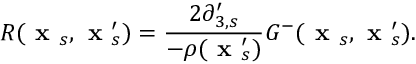
R ( \textbf { x } _ { s } , \textbf { x } _ { s } ^ { \prime } ) = \frac { 2 \partial _ { 3 , s } ^ { \prime } } { - \rho ( \textbf { x } _ { s } ^ { \prime } ) } G ^ { - } ( \textbf { x } _ { s } , \textbf { x } _ { s } ^ { \prime } ) .